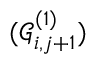
( \mathcal { G } _ { i , j + 1 } ^ { ( 1 ) } )